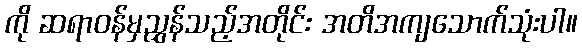
ကို ဆရာဝန်မှညွှန်သည့်အတိုင်း အတိအကျသောက်သုံးပါ။